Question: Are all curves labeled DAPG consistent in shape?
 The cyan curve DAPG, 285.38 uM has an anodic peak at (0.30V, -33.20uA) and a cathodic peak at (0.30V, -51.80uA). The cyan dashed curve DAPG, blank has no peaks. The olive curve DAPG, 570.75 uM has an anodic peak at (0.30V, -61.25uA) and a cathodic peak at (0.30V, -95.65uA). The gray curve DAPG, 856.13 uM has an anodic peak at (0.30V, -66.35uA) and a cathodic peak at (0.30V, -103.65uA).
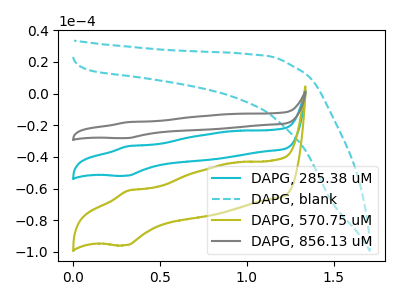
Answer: <think>"DAPG, 285.38 uM" and "DAPG, blank" have a different number of peaks. All the peaks in "DAPG, 285.38 uM" have a peak in "DAPG, 570.75 uM" at the same potential. All the peaks in "DAPG, 285.38 uM" have a peak in "DAPG, 856.13 uM" at the same potential. "DAPG, blank" and "DAPG, 570.75 uM" have a different number of peaks. "DAPG, blank" and "DAPG, 856.13 uM" have a different number of peaks. All the peaks in "DAPG, 570.75 uM" have a peak in "DAPG, 856.13 uM" at the same potential.
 </think>
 <answer>All the CV's of "DAPG" have similar shape.</answer>
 <eval>follow_rule</eval>